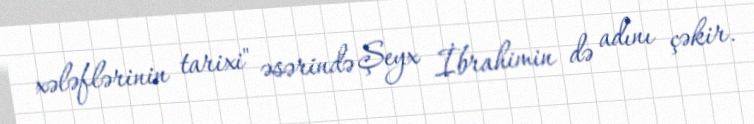
xələflərinin tarixi" əsərində Şeyx İbrahimin də adını çəkir.